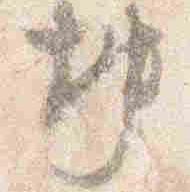
坤